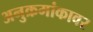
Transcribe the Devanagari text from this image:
अनुक्रमांकावर